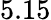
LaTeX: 5.15